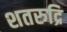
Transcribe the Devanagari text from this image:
शतरुद्रि